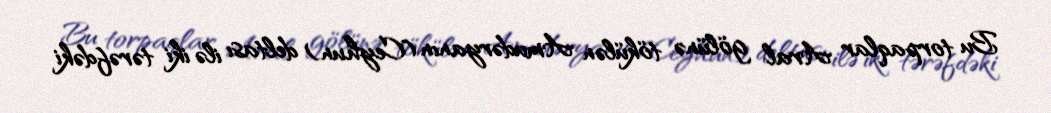
Bu torpaqlar Aral gölünə tökülən Amudəryanın (Ceyhun) deltası ilə iki tərəfdəki